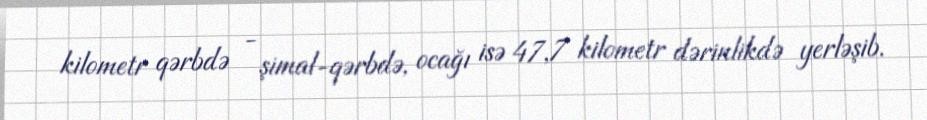
kilometr qərbdə - şimal-qərbdə, ocağı isə 47,7 kilometr dərinlikdə yerləşib.